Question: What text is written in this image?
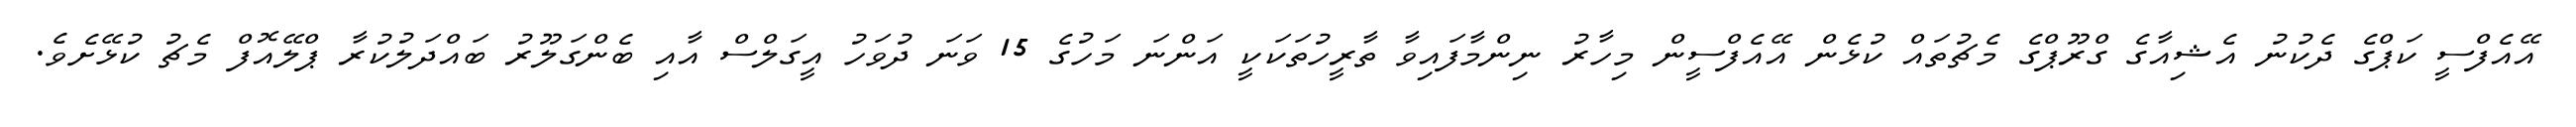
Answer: އޭއެފްސީ ކަޕްގެ ދެކުނު އެޝިއާގެ ގްރޫޕްގެ މެޗުތައް ކުޅެން އޭއެފްސީން މިހާރު ނިންމާފައިވާ ތާރީހުތަކަކީ އަންނަ މަހުގެ 15 ވަނަ ދުވަހު އީގަލްސް އާއި ބެންގަލޫރު ބައްދަލުކުރާ ޕްލޭއޮފް މެޗު ކުޅޭށެވެ.